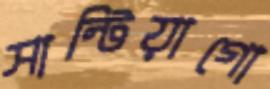
সান্টিয়াগো